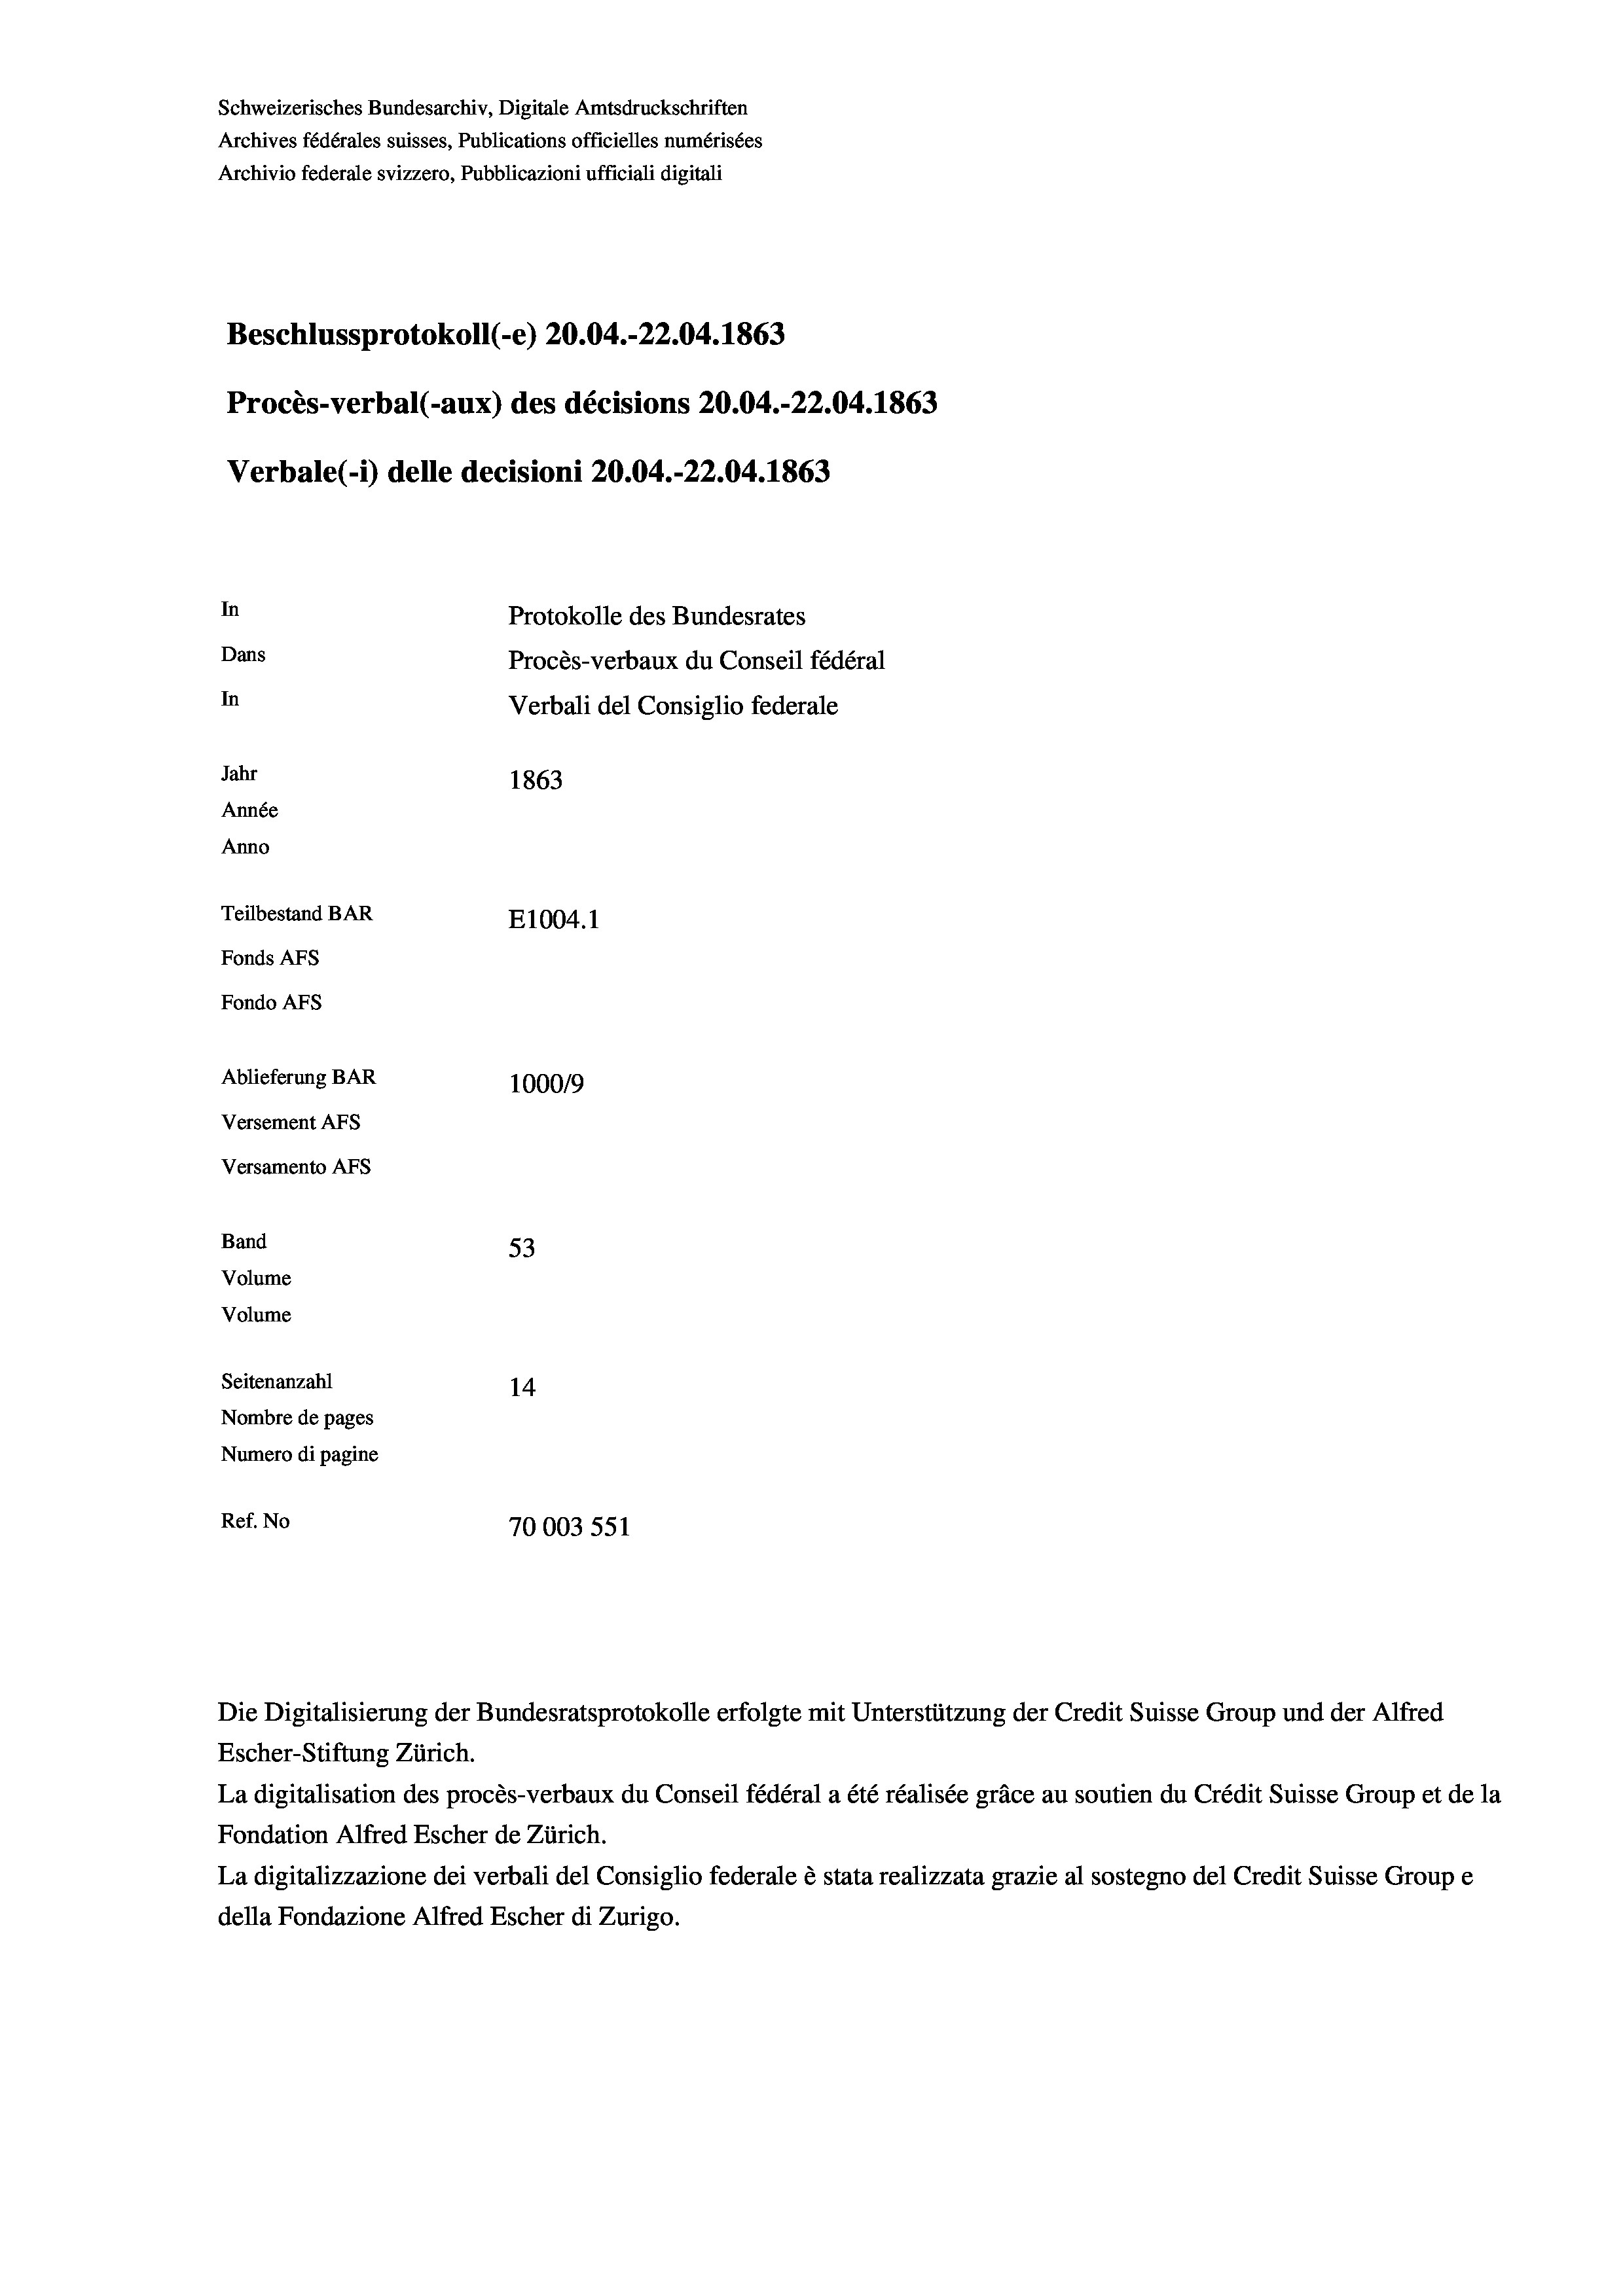
Schweizerisches Bundesarchiv, Digitale Amtsdruckschriften
Archives fédérales suisses, Publications officielles numérisées
Archivio federale svizzero, Pubblicazioni ufficiali digitali
Beschlussprotokoll (-e) 20.04.-22.04. 1863
Procès-verbal (-aux) des décisions 20.04.-22.04. 1863
Verbale (- 1) delle decisioni 20.04.-22.04. 1863
In
Protokolle des Bundesrates
Dans
Procès-verbaux du Conseil fédéral
In
Verbali del Consiglio federale
Jahr
1863
Année
Anno
Teilbestand BAR
E1004. 1
Fonds AFs
Fondo AFS
Ablieferung BAR
100019
Versement AFs
Versamento AFs
Band
53
Volume
Volume
Seitenanzahl
14
Nombre de pages
Numero di pagine
Ref. No
70003 551

Escher-Stiftung Zürich.
La digitalisation des procès-verbaux du Conseil fédéral a été réalisée gräce au soutien du Crédit Suisse Group et de la
Fondation Alfred Escher de Zürich.
La digitalizzazione dei verbali del Consiglio federale è stata realizzata grazie al sostegno del Credit Suisse Groupe
della Fondazione Alfred Escher di Zurigo.

Die Digitalisierung der Bundesratsprotokolle erfolgte mit Unterstützung der Credit Suisse Group und der Alfred